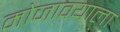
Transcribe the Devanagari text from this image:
मोजावयाला